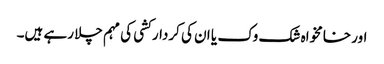
اور خامخواہ شک وک یا ان کی کردار کشی کی مہم چلا رہے ہیں۔